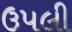
ઉપલી